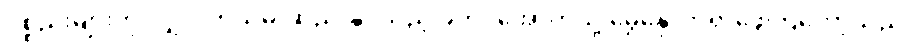
ပစ္စည်းများကို လျှို့ဝှက်သိမ်းဆည်းနိုင်သည့် ခုတင်အောက်သို့ မွှေနှောက်ရှာဖွေကြတော့သည်။